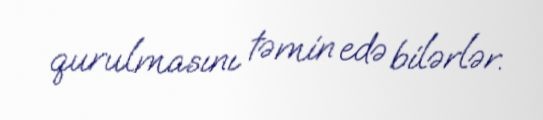
qurulmasını təmin edə bilərlər.